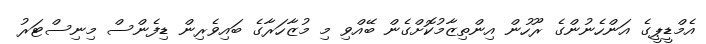
އެމްޑީޕީގެ އަންހެނުންގެ ރޫހުން އިންތިޒާމުކޮށްގެން ބޭއްވި މި މުޒާހަރާގެ ބައިވެރިން ޑިފެންސް މިނިސްޓަރު